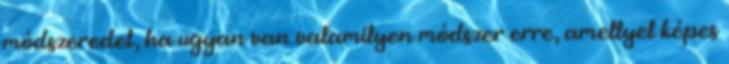
módszeredet, ha ugyan van valamilyen módszer erre, amellyel képes